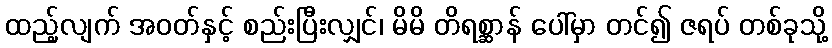
ထည့်လျက် အဝတ်နှင့် စည်းပြီးလျှင်၊ မိမိ တိရစ္ဆာန် ပေါ်မှာ တင်၍ ဇရပ် တစ်ခုသို့